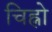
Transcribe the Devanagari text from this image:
चिह्नो